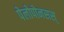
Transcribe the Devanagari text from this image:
पेलोपोनसस्‌